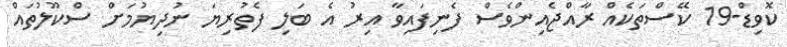
ކޮވިޑް-19 ކޭސްތަކެއް ރާއްޖެއިންވެސް ފެނިފައިވާ އިރު އެ ބަލި ފެތުރިޔަ ނުދިޔުމަށް ސްކޫލުތައް